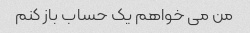
من می خواهم یک حساب باز کنم